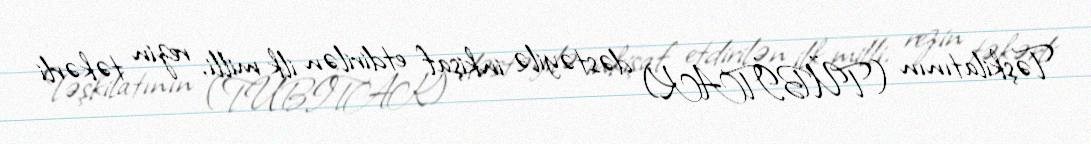
Təşkilatının (TÜBİTAK) dəstəyilə inkişaf etdirilən ilk milli, rezin təkərli